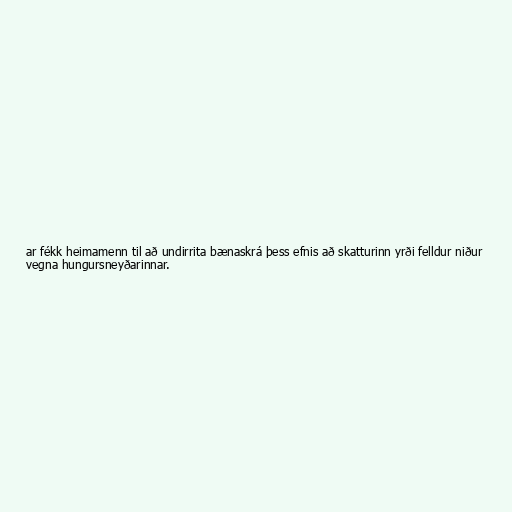
ar fékk heimamenn til að undirrita bænaskrá þess efnis að skatturinn yrði felldur niður
vegna hungursneyðarinnar.